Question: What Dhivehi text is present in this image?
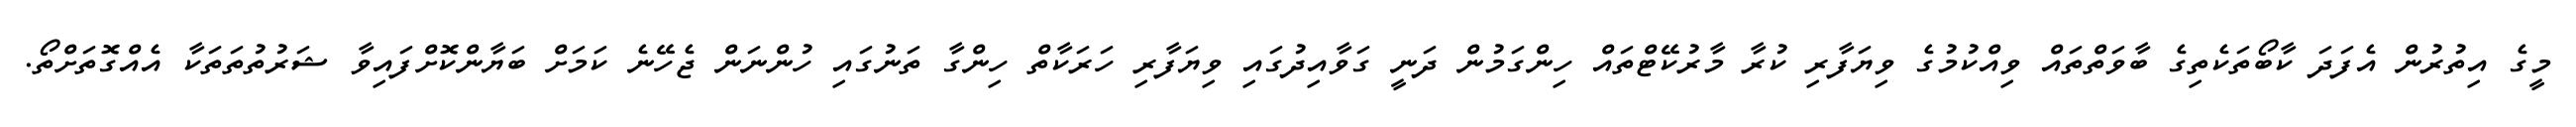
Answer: މީގެ އިތުރުން އެފަދަ ކާބޯތަކެތިގެ ބާވަތްތައް ވިއްކުމުގެ ވިޔަފާރި ކުރާ މާރުކޭޓްތައް ހިންގަމުން ދަނީ ގަވާއިދުގައި ވިޔަފާރި ހަރަކާތް ހިންގާ ތަނުގައި ހުންނަން ޖެހޭނެ ކަމަށް ބަޔާންކޮށްފައިވާ ޝަރުތުތަތަކާ އެއްގޮތަށްތޯ.